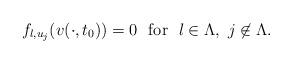
LaTeX: \begin{align*}f_{l,u_j}(v(\cdot,t_0))=0\ \ {\rm for}\ \ l\in\Lambda,\ j\not\in\Lambda.\end{align*}